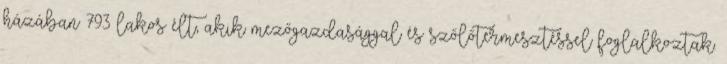
házában 793 lakos élt, akik mezőgazdasággal és szőlőtermesztéssel foglalkoztak.